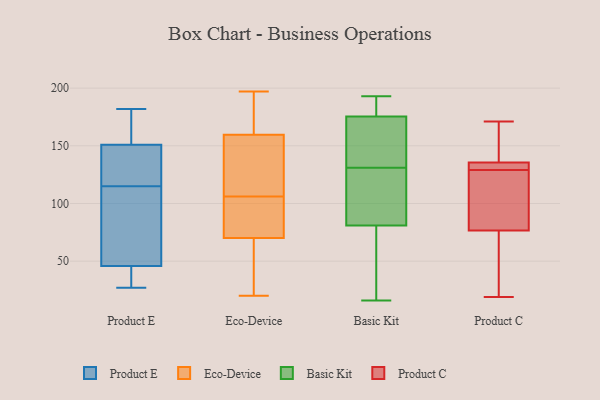
{"axis": {"x": "Budget (USD K)", "y": "Value"}, "legend": ["Basic Kit", "Eco-Device", "Product C", "Product E"], "data": [{"x": "", "y": 148, "type": "Product E"}, {"x": "", "y": 146, "type": "Product E"}, {"x": "", "y": 115, "type": "Product E"}, {"x": "", "y": 45, "type": "Product E"}, {"x": "", "y": 107, "type": "Product E"}, {"x": "", "y": 154, "type": "Product E"}, {"x": "", "y": 150, "type": "Product E"}, {"x": "", "y": 171, "type": "Product E"}, {"x": "", "y": 182, "type": "Product E"}, {"x": "", "y": 46, "type": "Product E"}, {"x": "", "y": 43, "type": "Product E"}, {"x": "", "y": 94, "type": "Product E"}, {"x": "", "y": 27, "type": "Product E"}, {"x": "", "y": 123, "type": "Eco-Device"}, {"x": "", "y": 20, "type": "Eco-Device"}, {"x": "", "y": 63, "type": "Eco-Device"}, {"x": "", "y": 73, "type": "Eco-Device"}, {"x": "", "y": 159, "type": "Eco-Device"}, {"x": "", "y": 179, "type": "Eco-Device"}, {"x": "", "y": 71, "type": "Eco-Device"}, {"x": "", "y": 161, "type": "Eco-Device"}, {"x": "", "y": 55, "type": "Eco-Device"}, {"x": "", "y": 180, "type": "Eco-Device"}, {"x": "", "y": 67, "type": "Eco-Device"}, {"x": "", "y": 71, "type": "Eco-Device"}, {"x": "", "y": 150, "type": "Eco-Device"}, {"x": "", "y": 103, "type": "Eco-Device"}, {"x": "", "y": 149, "type": "Eco-Device"}, {"x": "", "y": 106, "type": "Eco-Device"}, {"x": "", "y": 197, "type": "Eco-Device"}, {"x": "", "y": 184, "type": "Basic Kit"}, {"x": "", "y": 128, "type": "Basic Kit"}, {"x": "", "y": 134, "type": "Basic Kit"}, {"x": "", "y": 140, "type": "Basic Kit"}, {"x": "", "y": 84, "type": "Basic Kit"}, {"x": "", "y": 182, "type": "Basic Kit"}, {"x": "", "y": 176, "type": "Basic Kit"}, {"x": "", "y": 78, "type": "Basic Kit"}, {"x": "", "y": 116, "type": "Basic Kit"}, {"x": "", "y": 162, "type": "Basic Kit"}, {"x": "", "y": 193, "type": "Basic Kit"}, {"x": "", "y": 117, "type": "Basic Kit"}, {"x": "", "y": 147, "type": "Basic Kit"}, {"x": "", "y": 16, "type": "Basic Kit"}, {"x": "", "y": 16, "type": "Basic Kit"}, {"x": "", "y": 107, "type": "Basic Kit"}, {"x": "", "y": 175, "type": "Basic Kit"}, {"x": "", "y": 34, "type": "Basic Kit"}, {"x": "", "y": 191, "type": "Basic Kit"}, {"x": "", "y": 62, "type": "Basic Kit"}, {"x": "", "y": 84, "type": "Product C"}, {"x": "", "y": 136, "type": "Product C"}, {"x": "", "y": 134, "type": "Product C"}, {"x": "", "y": 171, "type": "Product C"}, {"x": "", "y": 19, "type": "Product C"}, {"x": "", "y": 129, "type": "Product C"}, {"x": "", "y": 74, "type": "Product C"}, {"x": "", "y": 28, "type": "Product C"}, {"x": "", "y": 130, "type": "Product C"}, {"x": "", "y": 94, "type": "Product C"}, {"x": "", "y": 146, "type": "Product C"}]}